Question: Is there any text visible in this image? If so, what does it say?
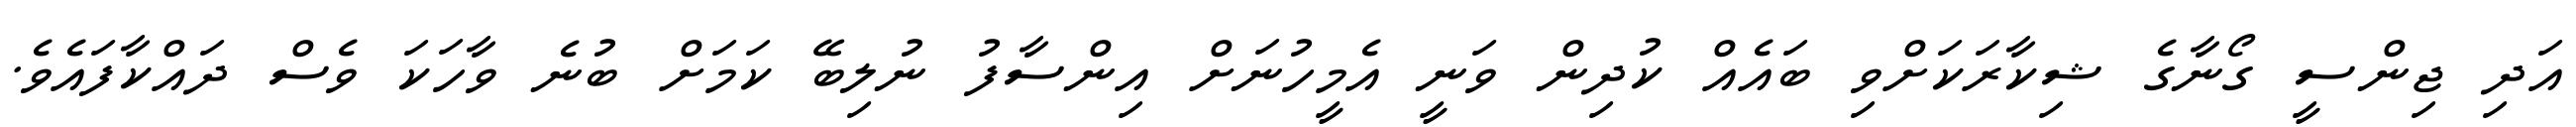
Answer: އަދި ޖިންސީ ގޯނާގެ ޝިކާރަކަށްވި ބައެއް ކުދިން ވަނީ އެމީހުނަށް އިންސާފު ނުލިބޭ ކަމަށް ބުނެ ވާހަކަ ވެސް ދައްކާފައެވެ.